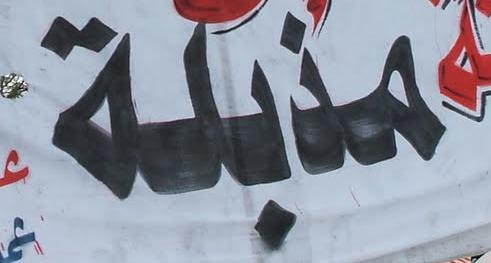
مذبلة